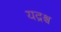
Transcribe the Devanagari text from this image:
यद्रश्च